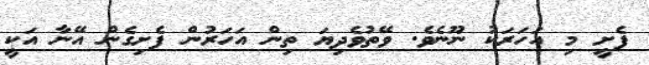
ފެށީ މި އަހަރަކު ނޫނެވެ. ވޭތުވެދިޔަ ތިން އަހަރުން ފެށިގެން އޭނާ އަކީ